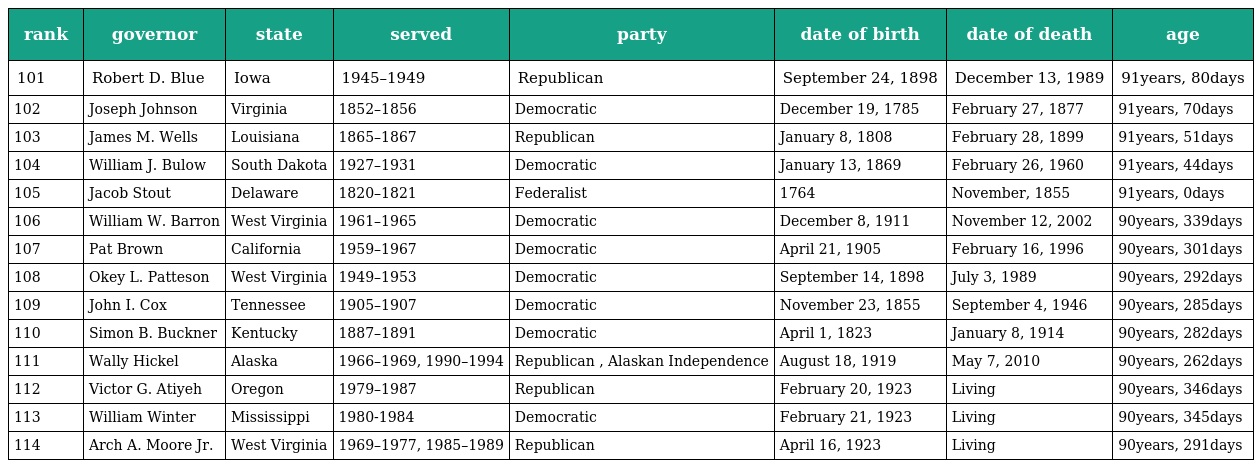
| rank | governor | state | served | party | date of birth | date of death | age |
 | --- | --- | --- | --- | --- | --- | --- | --- |
 | 101 | Robert D. Blue | Iowa | 1945–1949 | Republican | September 24, 1898 | December 13, 1989 | 91years, 80days |
 | 102 | Joseph Johnson | Virginia | 1852–1856 | Democratic | December 19, 1785 | February 27, 1877 | 91years, 70days |
 | 103 | James M. Wells | Louisiana | 1865–1867 | Republican | January 8, 1808 | February 28, 1899 | 91years, 51days |
 | 104 | William J. Bulow | South Dakota | 1927–1931 | Democratic | January 13, 1869 | February 26, 1960 | 91years, 44days |
 | 105 | Jacob Stout | Delaware | 1820–1821 | Federalist | 1764 | November, 1855 | 91years, 0days |
 | 106 | William W. Barron | West Virginia | 1961–1965 | Democratic | December 8, 1911 | November 12, 2002 | 90years, 339days |
 | 107 | Pat Brown | California | 1959–1967 | Democratic | April 21, 1905 | February 16, 1996 | 90years, 301days |
 | 108 | Okey L. Patteson | West Virginia | 1949–1953 | Democratic | September 14, 1898 | July 3, 1989 | 90years, 292days |
 | 109 | John I. Cox | Tennessee | 1905–1907 | Democratic | November 23, 1855 | September 4, 1946 | 90years, 285days |
 | 110 | Simon B. Buckner | Kentucky | 1887–1891 | Democratic | April 1, 1823 | January 8, 1914 | 90years, 282days |
 | 111 | Wally Hickel | Alaska | 1966–1969, 1990–1994 | Republican , Alaskan Independence | August 18, 1919 | May 7, 2010 | 90years, 262days |
 | 112 | Victor G. Atiyeh | Oregon | 1979–1987 | Republican | February 20, 1923 | Living | 90years, 346days |
 | 113 | William Winter | Mississippi | 1980-1984 | Democratic | February 21, 1923 | Living | 90years, 345days |
 | 114 | Arch A. Moore Jr. | West Virginia | 1969–1977, 1985–1989 | Republican | April 16, 1923 | Living | 90years, 291days |